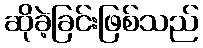
ဆိုခဲ့ခြင်းဖြစ်သည်